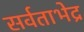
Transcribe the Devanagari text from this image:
सर्वताभेद्र